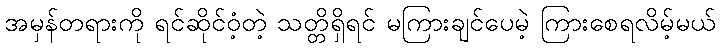
အမှန်တရားကို ရင်ဆိုင်ဝံ့တဲ့ သတ္တိရှိရင် မကြားချင်ပေမဲ့ ကြားစေရလိမ့်မယ်